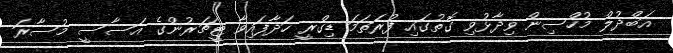
އަބްދުލް މުހްސިން ވިދާޅުވި ގޮތުގައި ފުރަތަމަ ޑިގްރީ ހަދާފައިވާ ޓީޗަރުންގެ އަސާސީ މުސާރަ